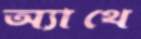
অ্যাথে